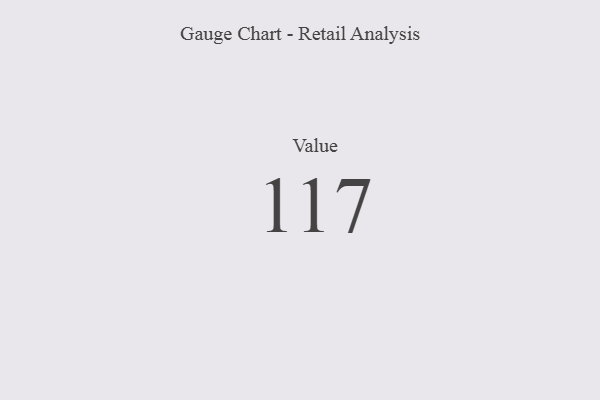
{"axis": {"x": "Metric", "y": "Value"}, "legend": [""], "data": [{"x": "Value", "y": 117, "type": ""}]}